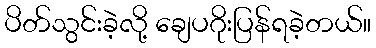
ပိတ်သွင်းခဲ့လို့ ချေပဂိုးပြန်ရခဲ့တယ်။